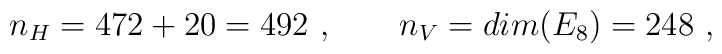
n_H= 472 + 20 = 492\ , \qquad  n_V=dim(E_8)=248\ ,